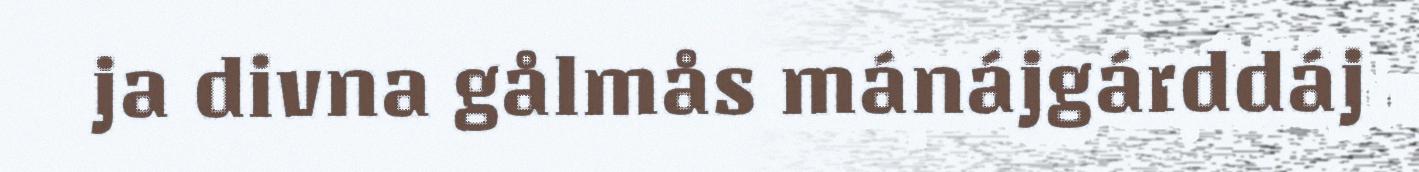
ja divna gålmås mánájgárddáj